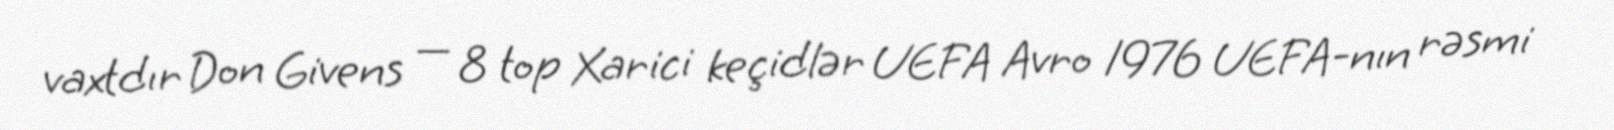
vaxtdır Don Givens — 8 top Xarici keçidlər UEFA Avro 1976 UEFA-nın rəsmi